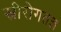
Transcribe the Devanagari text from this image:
स्त्रीरोगतज्ञ